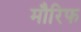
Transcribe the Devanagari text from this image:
मौरिफ